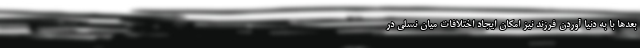
بعدها با به دنیا آوردن فرزند نیز امکان ایجاد اختلافات میان نسلی در